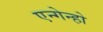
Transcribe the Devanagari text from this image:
एन्गेन्हो